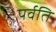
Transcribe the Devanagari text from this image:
पर्वति